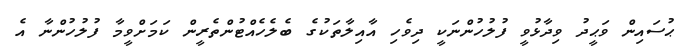
ޙުސައިން ވަޙީދު ވިދާޅުވީ ފުލުހުންނަކީ ދިވެހި އާއިލާތަކުގެ ބެލެހެއްޓުންތެރީން ކަމަށްވީމާ ފުލުހުންނާ އެ